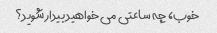
خوب، چه ساعتی می خواهید بیدار شوید؟